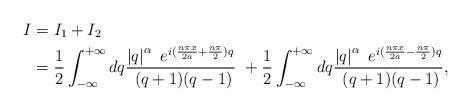
LaTeX: \begin{align*}I & =I_{1}+I_{2}\\& =\frac{1}{2}\int_{-\infty}^{+\infty}dq\frac{\left\vert q\right\vert^{\alpha}\ e^{i(\frac{n\pi x}{2a}+\frac{n\pi}{2})q}}{\ (q+1)(q-1)}\ +\frac{1}{2}\int_{-\infty}^{+\infty}dq\frac{\left\vert q\right\vert^{\alpha}\ e^{i(\frac{n\pi x}{2a}-\frac{n\pi}{2})q}}{\ (q+1)(q-1)},\end{align*}